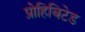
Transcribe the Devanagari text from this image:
प्रोहिबिटेड